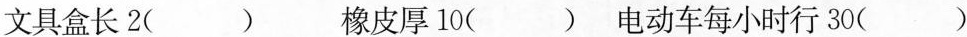
文具盒长2( ) 橡皮厚10( ) 电动车每小时行30( )